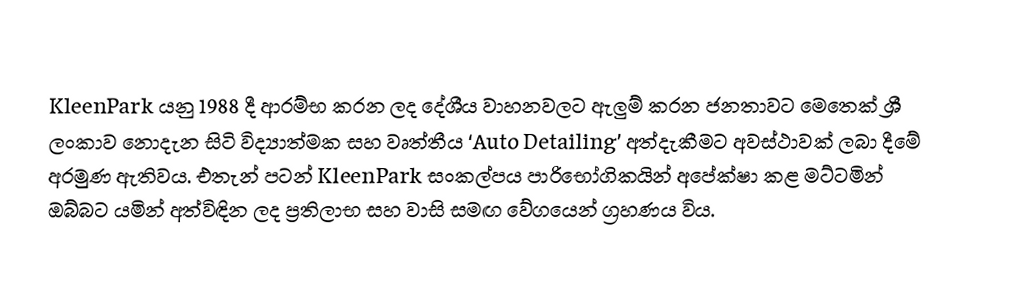
KleenPark  ය​නු 1988 දී ආරම්​භ කරන ලද දේශීය වාහනවලට ඇලුම් කරන ජනතාවට මෙතෙක් ශ්‍රී ලංකාව නොදැන සිටි විද්‍යාත්මක සහ වෘත්තීය ‘Auto Detailing’ අත්දැකීමට අවස්ථාවක් ලබා දීමේ අරමුණ ඇතිවය. එතැන් පටන් KleenPark සංකල්පය පාරිභෝගිකයින් අපේක්ෂා කළ මට්ටමින් ඔබ්බට යමින් අත්විඳින ලද ප්‍රතිලාභ සහ වාසි සමඟ වේගයෙන් ග්‍රහණය විය.